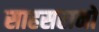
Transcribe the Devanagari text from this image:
साहसरानो